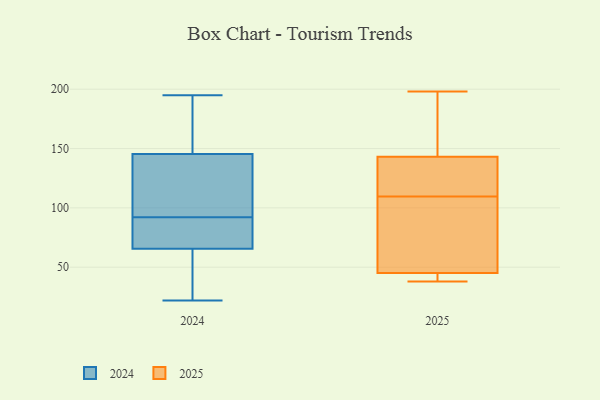
{"axis": {"x": "Tickets Resolved", "y": "Value"}, "legend": ["2024", "2025"], "data": [{"x": "", "y": 78, "type": "2025"}, {"x": "", "y": 143, "type": "2025"}, {"x": "", "y": 124, "type": "2025"}, {"x": "", "y": 144, "type": "2025"}, {"x": "", "y": 95, "type": "2025"}, {"x": "", "y": 45, "type": "2025"}, {"x": "", "y": 137, "type": "2025"}, {"x": "", "y": 38, "type": "2025"}, {"x": "", "y": 198, "type": "2025"}, {"x": "", "y": 41, "type": "2025"}, {"x": "", "y": 148, "type": "2024"}, {"x": "", "y": 105, "type": "2024"}, {"x": "", "y": 103, "type": "2024"}, {"x": "", "y": 75, "type": "2024"}, {"x": "", "y": 50, "type": "2024"}, {"x": "", "y": 45, "type": "2024"}, {"x": "", "y": 195, "type": "2024"}, {"x": "", "y": 22, "type": "2024"}, {"x": "", "y": 43, "type": "2024"}, {"x": "", "y": 167, "type": "2024"}, {"x": "", "y": 139, "type": "2024"}, {"x": "", "y": 126, "type": "2024"}, {"x": "", "y": 173, "type": "2024"}, {"x": "", "y": 68, "type": "2024"}, {"x": "", "y": 143, "type": "2024"}, {"x": "", "y": 177, "type": "2024"}, {"x": "", "y": 80, "type": "2024"}, {"x": "", "y": 63, "type": "2024"}, {"x": "", "y": 74, "type": "2024"}, {"x": "", "y": 81, "type": "2024"}]}